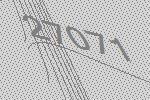
27071